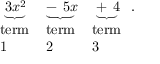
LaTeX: \underbrace { _ { \, } 3 x ^ { 2 } } _ { \begin{array} { l } { \mathrm { t e r m } } \\ { \mathrm { 1 } } \end{array} } \underbrace { - _ { \, } 5 x } _ { \begin{array} { l } { \mathrm { t e r m } } \\ { \mathrm { 2 } } \end{array} } \underbrace { + _ { \, } 4 } _ { \begin{array} { l } { \mathrm { t e r m } } \\ { \mathrm { 3 } } \end{array} } .